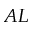
A L